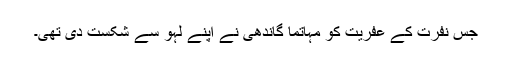
جس نفرت کے عفریت کو مہاتما گاندھی نے اپنے لہو سے شکست دی تھی۔